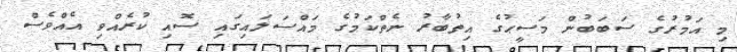
މި އަމުރުގެ ސަބަބުން މަސީޙުގެ އިތުބާރު ނެތްކަމުގެ މައްސަލައިގައި ސޮއި ކުރެއްވި އެއްވެސް